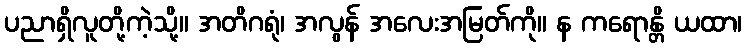
ပညာရှိလူတို့ကဲ့သို့။ အတိဂရုံ၊ အလွန် အလေးအမြတ်ကို။ န ကရောန္တိ ယထာ၊